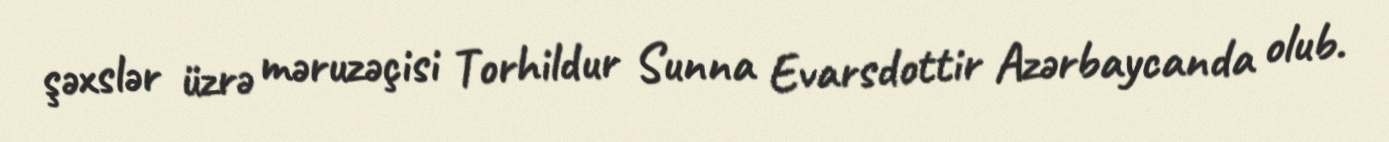
şəxslər üzrə məruzəçisi Torhildur Sunna Evarsdottir Azərbaycanda olub.